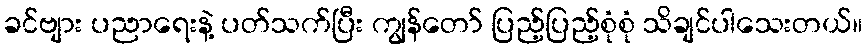
ခင်ဗျား ပညာရေးနဲ့ ပတ်သက်ပြီး ကျွန်တော် ပြည့်ပြည့်စုံစုံ သိချင်ပါသေးတယ်။